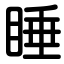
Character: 睡